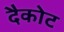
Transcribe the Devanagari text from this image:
दैकोट